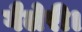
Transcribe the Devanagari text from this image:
गैलेरी।